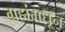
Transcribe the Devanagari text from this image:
ग्रहांमधून